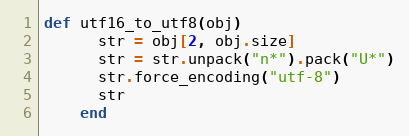
Language: Ruby
def utf16_to_utf8(obj)
      str = obj[2, obj.size]
      str = str.unpack("n*").pack("U*")
      str.force_encoding("utf-8")
      str
    end